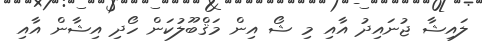
ލައިޝާ ޖުނައިދު އާއި މި ޝޯ އިން މަޤްބޫލުކަން ހޯދި އިޝާން އާއި